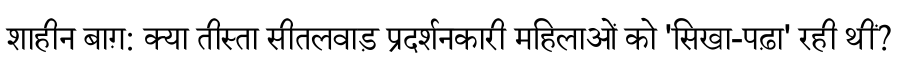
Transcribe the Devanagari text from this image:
शाहीन बाग़: क्या तीस्ता सीतलवाड़ प्रदर्शनकारी महिलाओं को 'सिखा-पढ़ा' रही थीं?